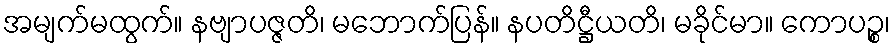
အမျက်မထွက်။ နဗျာပဇ္ဇတိ၊ မဘောက်ပြန်။ နပတိဋ္ဌီယတိ၊ မခိုင်မာ။ ကောပဉ္စ၊